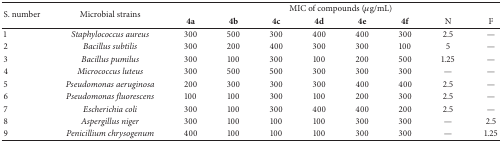
<table><thead><tr><td rowspan="2"><b>S. number</b></td><td rowspan="2"><b>Microbial strains</b></td><td colspan="8"><b>MIC of compounds (<i>μ</i>g/mL)</b></td></tr><tr><td><b>4a</b></td><td><b>4b</b></td><td><b>4c</b></td><td><b>4d</b></td><td><b>4e</b></td><td><b>4f</b></td><td><b>N</b></td><td><b>F</b></td></tr></thead><tbody><tr><td>1</td><td><i>Staphylococcus aureus</i></td><td>300</td><td>500</td><td>300</td><td>400</td><td>400</td><td>300</td><td>2.5</td><td>—</td></tr><tr><td>2</td><td><i>Bacillus subtilis</i></td><td>300</td><td>200</td><td>400</td><td>300</td><td>300</td><td>100</td><td>5</td><td>—</td></tr><tr><td>3</td><td><i>Bacillus pumilus</i></td><td>300</td><td>100</td><td>300</td><td>100</td><td>200</td><td>500</td><td>1.25</td><td>—</td></tr><tr><td>4</td><td><i>Micrococcus luteus</i></td><td>300</td><td>500</td><td>500</td><td>300</td><td>300</td><td>300</td><td>—</td><td>—</td></tr><tr><td>5</td><td><i>Pseudomonas aeruginosa</i></td><td>200</td><td>300</td><td>300</td><td>300</td><td>400</td><td>400</td><td>2.5</td><td>—</td></tr><tr><td>6</td><td><i>Pseudomonas fluorescens</i></td><td>100</td><td>100</td><td>300</td><td>100</td><td>200</td><td>300</td><td>2.5</td><td>—</td></tr><tr><td>7</td><td><i>Escherichia coli</i></td><td>300</td><td>100</td><td>300</td><td>400</td><td>400</td><td>200</td><td>2.5</td><td>—</td></tr><tr><td>8</td><td><i>Aspergillus niger</i></td><td>300</td><td>100</td><td>100</td><td>100</td><td>300</td><td>300</td><td>—</td><td>2.5</td></tr><tr><td>9</td><td><i>Penicillium chrysogenum</i></td><td>400</td><td>100</td><td>100</td><td>100</td><td>300</td><td>300</td><td>—</td><td>1.25</td></tr></tbody></table>